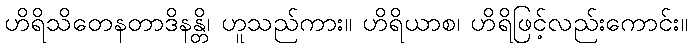
ဟိရိသိတေနတာဒိနန္တိ၊ ဟူသည်ကား။ ဟိရိယာစ၊ ဟိရိဖြင့်လည်းကောင်း။